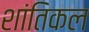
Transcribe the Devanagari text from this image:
शांतिकल